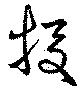
投